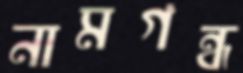
নামগন্ধ